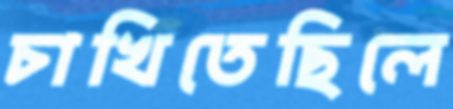
চাখিতেছিলে